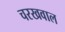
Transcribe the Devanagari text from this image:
चरखवाल